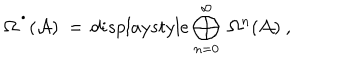
\Omega ^ { \, ^ { \bullet } } ( { \mathcal A } ) \ = \, d i s p l a y s t y l e \bigoplus _ { n = 0 } ^ { \infty } \ \Omega ^ { n } ( { \mathcal A } ) \ ,